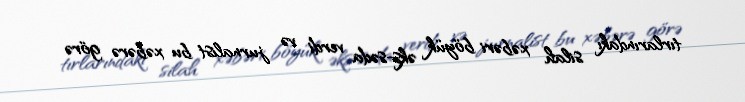
tırlarındakı silah xəbəri böyük əks-səda verdi və jurnalist bu xəbərə görə